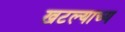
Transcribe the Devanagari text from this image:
खटल्याच्य